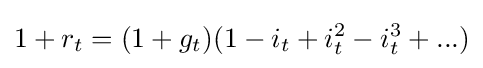
1+r_{t}=(1+g_{t})(1-i_{t}+i_{t}^{2}-i_{t}^{3}+...)